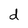
Character: d